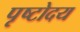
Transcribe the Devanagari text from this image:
पृष्टोदय